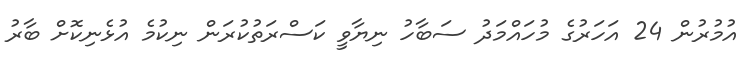
އުމުރުން 24 އަހަރުގެ މުހައްމަދު ސަބާހު ނިޔާވީ ކަސްރަތުކުރަން ނިކުމެ އުޅެނިކޮށް ބާރު